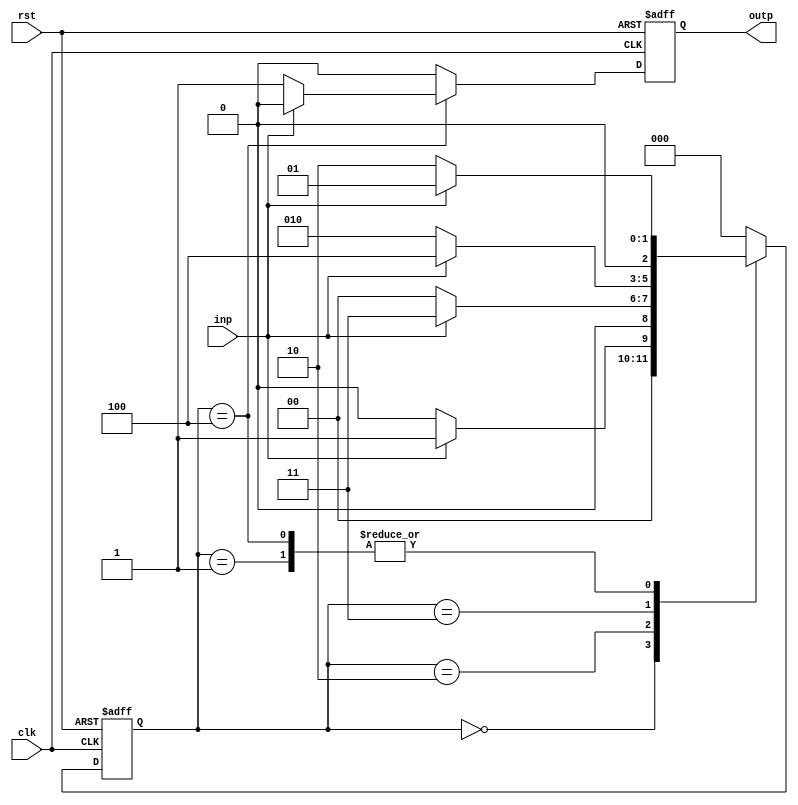
module FSM( clk, rst, inp, outp);
    initial
        begin
          $dumpfile("FSM.vcd");
          $dumpvars;
        end
    input clk, rst, inp;
    output reg outp;
    reg [2:0] state;
    always @( posedge clk, posedge rst ) 
        begin
            if( rst ) 
                begin
                    state <= 3'b000;
                    outp <= 0;
                end
            else 
                begin
                    case( state )
                        3'b000: 
                        begin
                            if( inp ) 
                                begin
                                    state <= 3'b001;
                                    outp <= 0;
                                end
                            else 
                                begin
                                    state <= 3'b000;
                                    outp <= 0;
                                end
                        end
                        3'b001: 
                        begin
                            if( inp ) 
                                begin
                                    state <= 3'b001;
                                    outp <= 0;
                                end
                            else 
                                begin
                                    state <= 3'b010;
                                    outp <= 0;
                                end
                        end
                        3'b010: 
                        begin
                            if( inp ) 
                                begin
                                    state <= 3'b011;
                                    outp <= 0;
                                end
                            else 
                                begin
                                    state <= 3'b000;
                                    outp <= 0;
                                end
                        end
                        3'b011: 
                        begin
                            if( inp ) 
                                begin
                                    state <= 3'b100;
                                    outp <= 0;
                                end
                            else 
                                begin
                                    state <= 3'b010;
                                    outp <= 0;
                                end
                        end
                        3'b100: 
                        begin
                            if( inp ) 
                                begin
                                    state <= 3'b001;
                                    outp <= 0;
                                end
                            else 
                                begin
                                    state <= 3'b010;
                                    outp <= 1;
                                end
                        end
                        default: 
                        begin
                            state <= 3'b000;
                            outp <= 0;
                        end
                    endcase
                end
        end
endmodule

module testbench;
    reg clk, rst, inp;
    wire outp;
    reg[15:0] sequence;
    integer i;
    FSM duty( clk, rst, inp, outp);
    initial
        begin
            clk = 1;
            rst = 1;
            sequence = 16'b0101_0101_1011_0100;
            #5 rst = 0;
            for( i = 0; i <= 15; i = i + 1)
            begin
                inp = sequence[i];
                #2 clk = 0;
                #2 clk = 1;
                $display(,$time," State = ", duty.state, " Input = ", inp, ", Output = ",outp);
            end
        end
endmodule